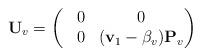
LaTeX: \begin{align*}\mathbf{U}_{v}=\begin{pmatrix}&0&0\\&0&(\mathbf{v}_{1}-\beta_{v})\mathbf{P}_{v}\end{pmatrix}\end{align*}